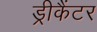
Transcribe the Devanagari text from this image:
ड्रीकैंटर